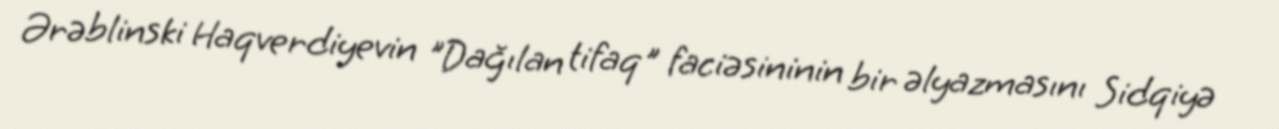
Ərəblinski Haqverdiyevin "Dağılan tifaq" faciəsininin bir əlyazmasını Sidqiyə